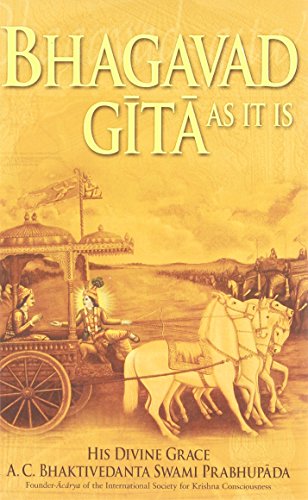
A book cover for Bhagavad-Gita As It Is; A. C. Bhaktivedanta Swami Prabhupada; Religion & Spirituality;